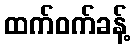
ထက်ဝက်ခန့်